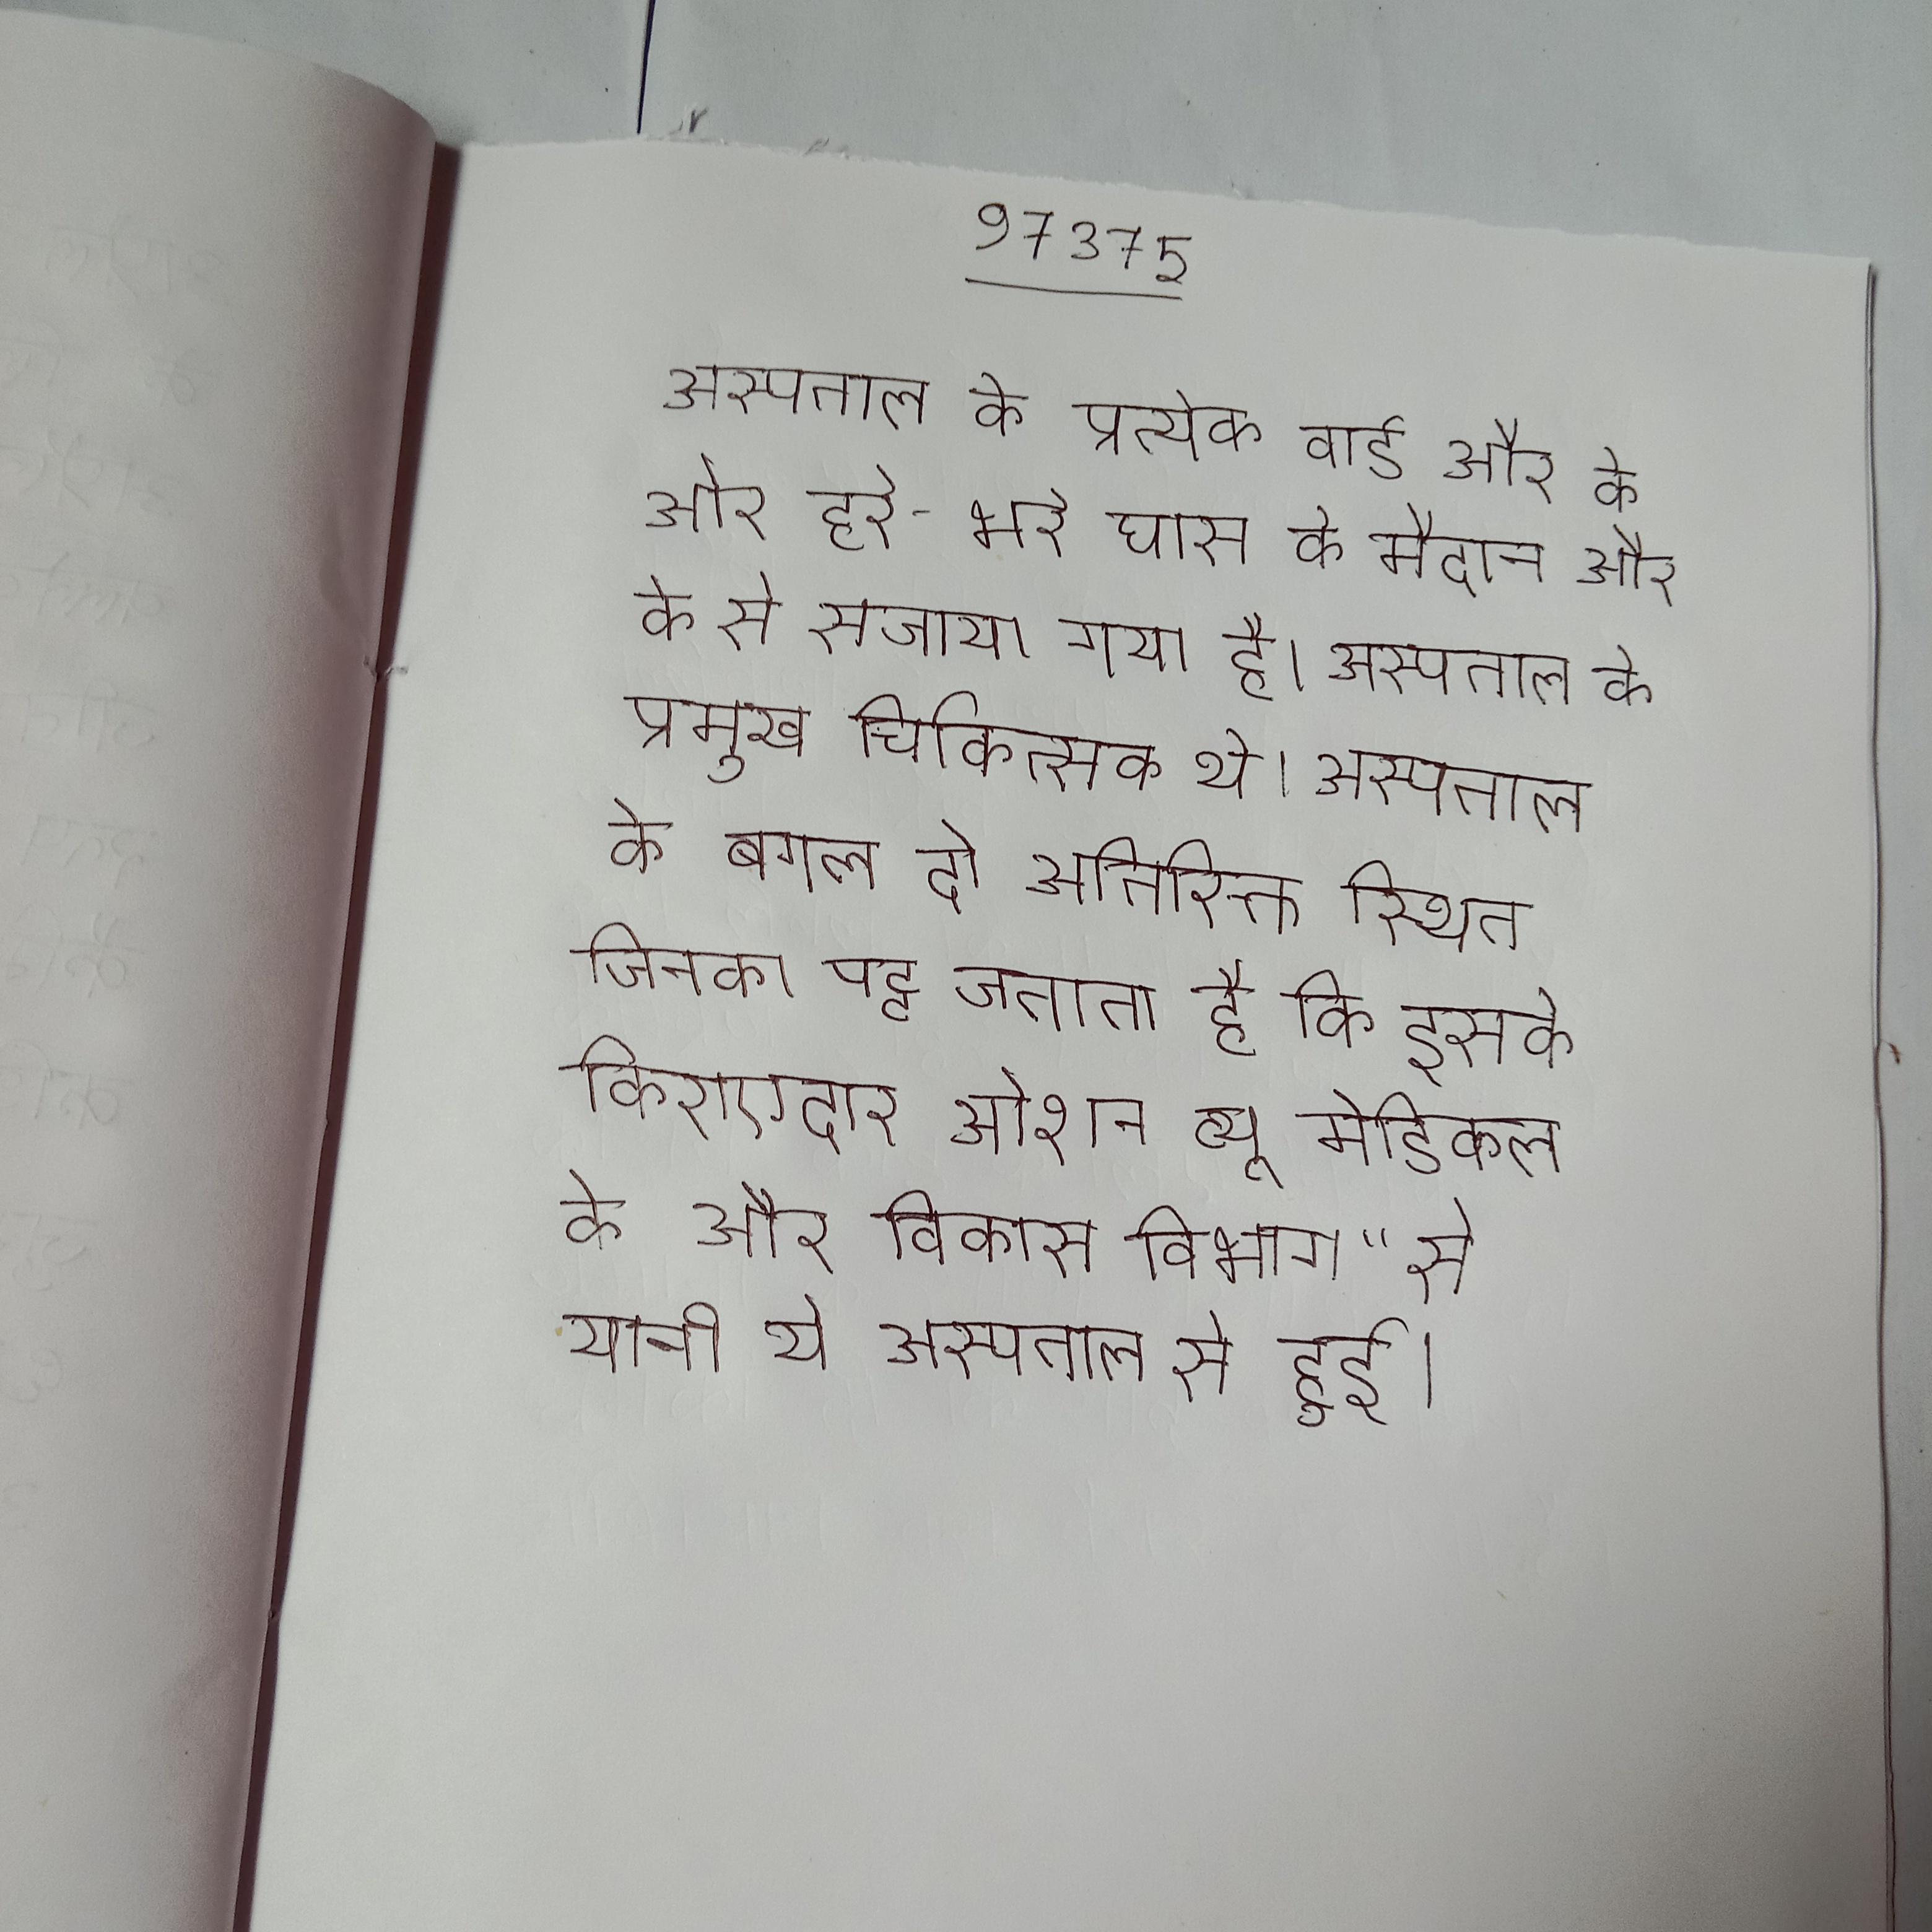
अस्पताल के प्रत्येक वार्ड और के ओर हरे-भरे घास के मैदान और के से सजाया गया है । अस्पताल के प्रमुख चिकित्सक थे । अस्पताल के बगल दो अतिरिक्त स्थित जिनका पट्ट जताता है कि इसके किराएदार ओशन व्यू मेडिकल के और विकास विभाग" से यानी ये अस्पताल से हुई ।